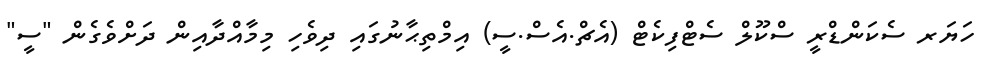
ހަޔަރ ސެކަންޑްރީ ސްކޫލް ސެޓްފިކެޓް (އެޗް.އެސް.ސީ) އިމްތިޙާނުގައި ދިވެހި މިމާއްދާއިން ދަށްވެގެން "ސީ"